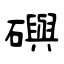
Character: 礖